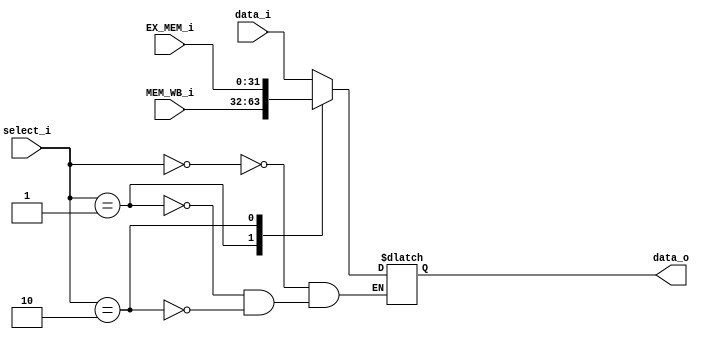
module  forwardingMUX
(
    input   wire    [1:0 ]  select_i,
    input   wire    [31:0]  data_i  ,
    input   wire    [31:0]  EX_MEM_i,
    input   wire    [31:0]  MEM_WB_i,
    
    output  reg     [31:0]  data_o
);

always@(*)
    begin
        case(select_i)
        2'b00: data_o = data_i;
        
        2'b01: data_o = MEM_WB_i;
        
        2'b10: data_o = EX_MEM_i;
        
        endcase
    end

endmodule